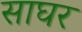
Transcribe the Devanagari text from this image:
साघर